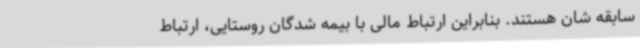
سابقه شان هستند. بنابراین ارتباط مالی با بیمه شدگان روستایی، ارتباط